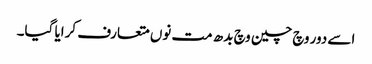
اسے دور وچ چین وچ بدھ مت نوں متعارف کرایا گیا۔